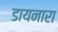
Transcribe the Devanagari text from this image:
डायनारा